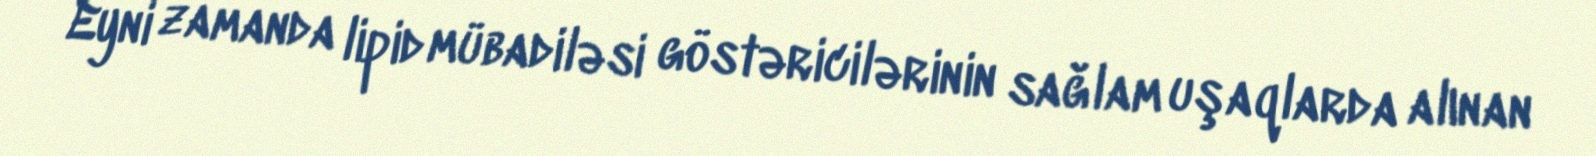
Eyni zamanda lipid mübadiləsi göstəricilərinin sağlam uşaqlarda alınan